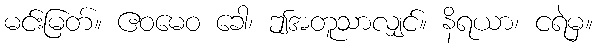
မင်းမြတ်။ ဧဝမေဝ ခေါ၊ ဤအတူသာလျှင်။ နိရယာ၊ ငရဲမှ။